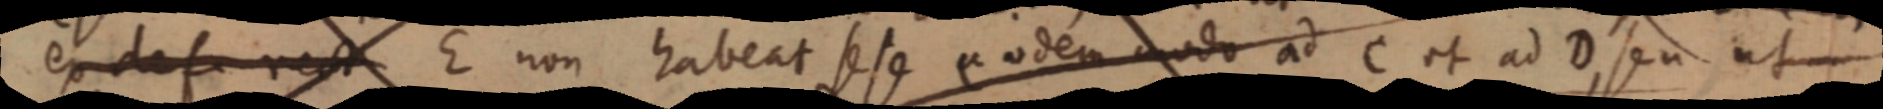
ex def rect E non habeat sese eodem modo ad C et ad D, seu ut